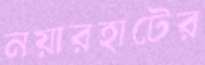
নয়ারহাটের